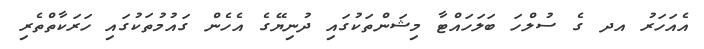
އެއަހަރު އދ ގެ ސުލްހަ ބަލަހައްޓާ މިޝަންތަކުގައި ދުނިޔޭގެ އެހެން ގައުމުތަކުގައި ހަރަކާތްތެރި